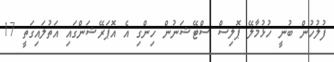
ފުލުހުން ބުނީ ހުޅުމާލޭ ޕޮލިސް ސްޓޭޝަނުން ހިންގި އެ އޮޕަރޭޝަންގައި އަތުލައިގަތީ 17